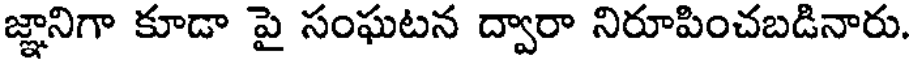
జ్ఞానిగా కూడా పై సంఘటన ద్వారా నిరూపించబడినారు.